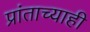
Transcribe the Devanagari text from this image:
प्रांताच्याही